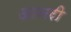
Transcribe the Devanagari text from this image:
आनरी